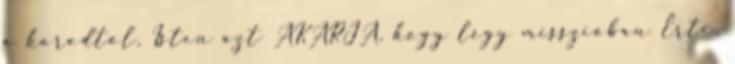
a korodtól, Isten azt AKARJA, hogy légy misszióban Érte.